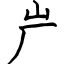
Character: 屵